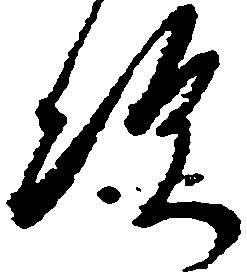
次